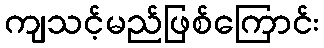
ကျသင့်မည်ဖြစ်ကြောင်း